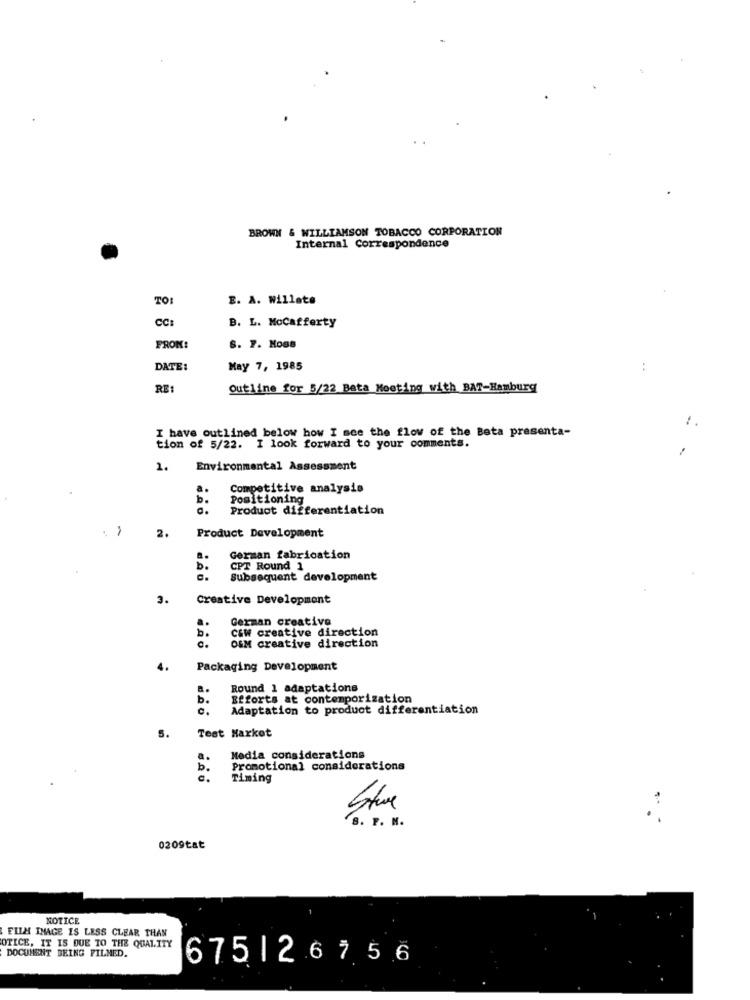
BROWN & WILLIAMSON TOBACCO CORPORATION
Internal Correspondence
TO:
E. A. Willats
CC:
B. L. Mocafferty
FROM:
S. F. Moss
DATE:
May 7, 1985
:
RE
Outline for 5/22 Bata Meeting with BAT-Hamburg
I have outlined below how I see the flow of the Beta presenta-
tion of 5/22. I look forward to your comments.
1.
Environmental Assessment
a.
Competitive analysis
Positioning
Product differentiation
. ,
2.
Product Development
German fabrication
b.
CPT Round 1
Subsequent development
3.
Creative Development
German creative
b.
C&W creative direction
OSM creative direction
Packaging Development
Round 1 adaptations
b.
Efforts at contemporization
Adaptation to product differentiation
Test Market
a.
Media considerations
b.
Promotional considerations
c.
Timing
Steve
:
S. P. N.
0209tat
NOTICE
FILM IMAGE IS LESS CLEAR THAN
OTICE, IT IS DUE TO THE QUALITY
DOCUMENT BEING FILMED.
675126756